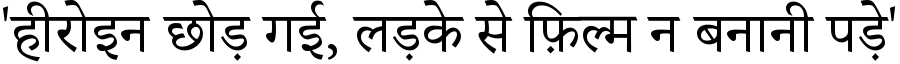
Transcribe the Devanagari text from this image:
'हीरोइन छोड़ गई, लड़के से फ़िल्म न बनानी पड़े'